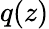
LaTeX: q(z)